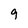
Character: 9